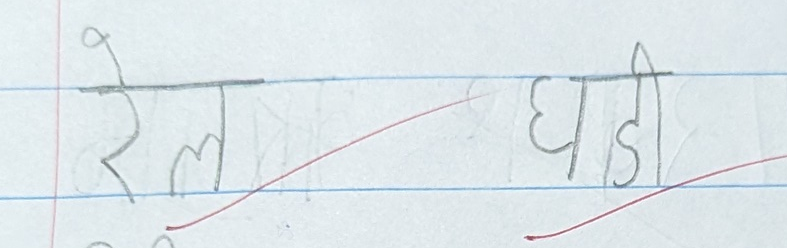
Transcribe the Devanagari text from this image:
रेल घड़ी